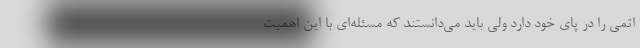
اتمی را در پای خود دارد ولی باید می‌دانستند که مسئله‌ای با این اهمیت